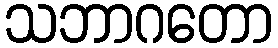
သဘာဂတော